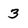
Character: 3